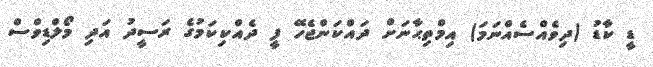
ޑީ ކާޑު (ދިވެއްސެއްނަމަ) އިމްތިޙާނަށް ދައްކަންޖެހޭ ފީ ދެއްކިކަމުގެ ރަސީދު އަދި މޯލްޑިވްސް